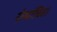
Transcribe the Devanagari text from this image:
रोमांचित।